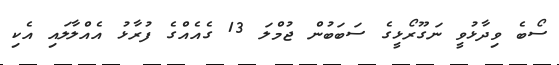
ސޯބެ ވިދާޅުވީ ނަގޫރޯޅީގެ ސަބަބުން ޖުމްލަ 13 ގެއެއްގެ ފުރާޅު އެއްލާލައި އެކި